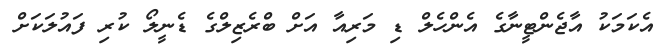
އެކަމަކު އާޖެންޓީނާގެ އެންހެލް ޑި މަރިއާ އަށް ބްރެޒިލްގެ ޑެނީލޯ ކުރި ފައުލަކަށް